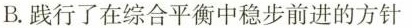
B.践行了在综合平衡中稳步前进的方针